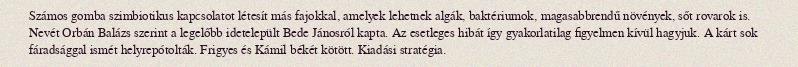
Számos gomba szimbiotikus kapcsolatot létesít más fajokkal, amelyek lehetnek algák, baktériumok, magasabbrendű növények, sőt rovarok is. Nevét Orbán Balázs szerint a legelőbb idetelepült Bede Jánosról kapta. Az esetleges hibát így gyakorlatilag figyelmen kívül hagyjuk. A kárt sok fáradsággal ismét helyrepótolták. Frigyes és Kámil békét kötött. Kiadási stratégia.